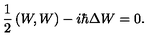
{ \frac { 1 } { 2 } } \left( W , W \right) - i \hbar \Delta W = 0 .